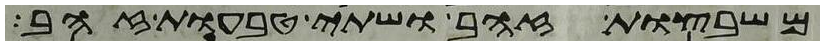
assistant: משבצות זהב ושתי טבעות זהב